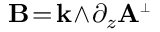
{ \bf B } \! = \! \mathbf { k } \! \wedge \! \partial _ { z } { \bf A } ^ { \scriptscriptstyle \perp }